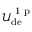
\mathcal { U } _ { \mathrm { d e } } ^ { \mathrm { ~ 1 ~ p ~ } }